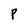
Character: P